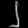
Digit: ၂